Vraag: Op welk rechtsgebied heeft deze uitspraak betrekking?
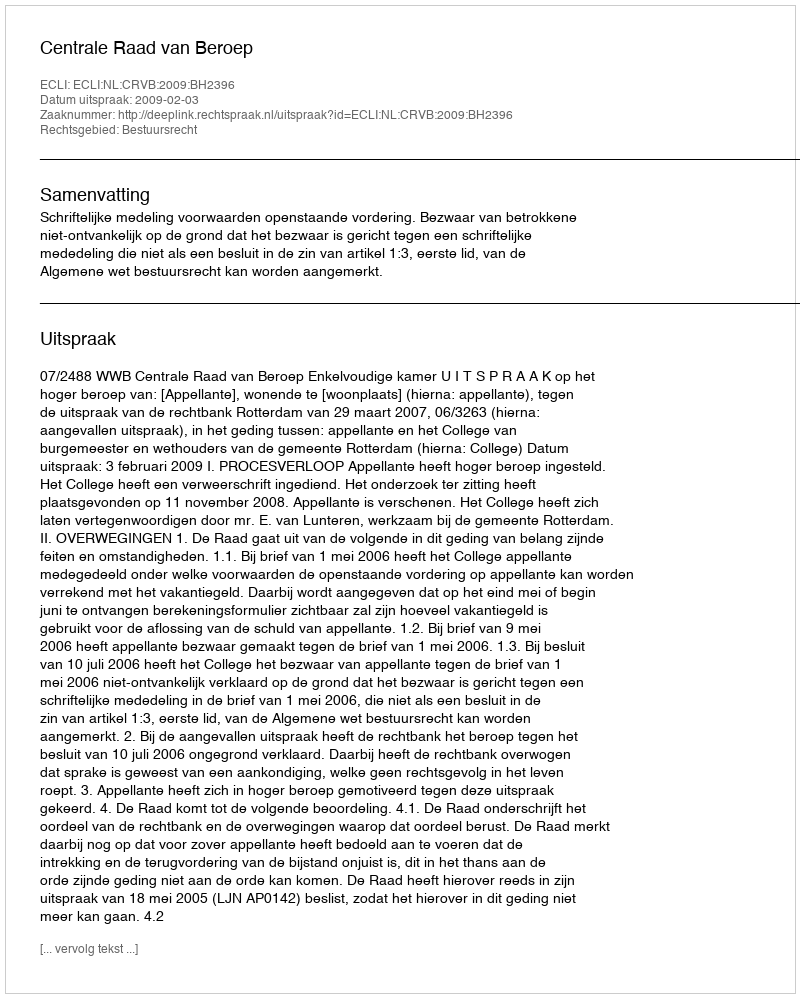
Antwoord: Bestuursrecht